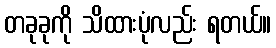
တခုခုကို သိထားပုံလည်း ရတယ်။